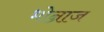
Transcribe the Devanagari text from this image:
भोन्राज